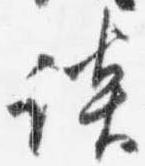
談